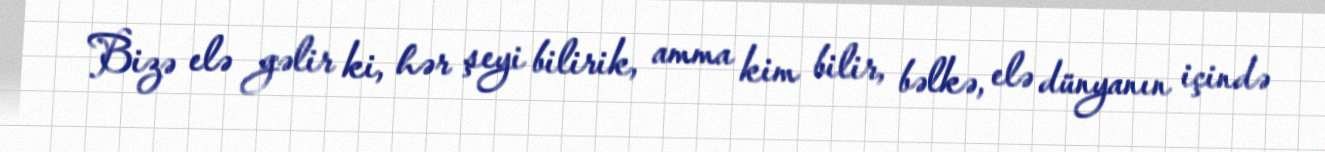
Bizə elə gəlir ki, hər şeyi bilirik, amma kim bilir, bəlkə, elə dünyanın içində